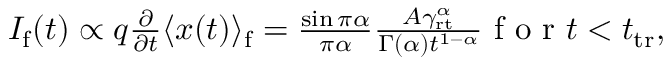
\begin{array} { r } { I _ { \mathrm { f } } ( t ) \propto q \frac { \partial } { \partial t } \langle x ( t ) \rangle _ { \mathrm { f } } = \frac { \sin \pi \alpha } { \pi \alpha } \frac { A \gamma _ { \mathrm { r t } } ^ { \alpha } } { \Gamma ( \alpha ) t ^ { 1 - \alpha } } \mathrm { ~ f ~ o ~ r ~ } t < t _ { \mathrm { t r } } , } \end{array}